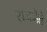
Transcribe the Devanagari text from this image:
राजनेते